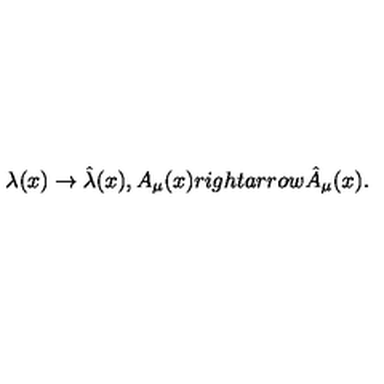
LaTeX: \lambda ( x ) \rightarrow \hat { \lambda } ( x ) , A _ { \mu } ( x ) r i g h t a r r o w \hat { A } _ { \mu } ( x ) .